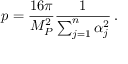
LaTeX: p = \frac { 1 6 \pi } { M _ { P } ^ { 2 } } \frac { 1 } { \sum _ { j = 1 } ^ { n } \alpha _ { j } ^ { 2 } } \, .